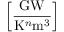
\left[ \frac { \mathrm { G W } } { \mathrm { K } ^ { n } \mathrm { m } ^ { 3 } } \right]